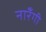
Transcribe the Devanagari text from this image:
नारँगी